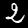
Digit: 2